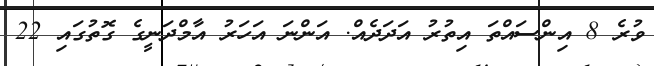
ވުރެ 8 އިންސައްތަ އިތުރު އަދަދެއް. އަންނަ އަހަރު އާމްދަނީގެ ގޮތުގައި 22